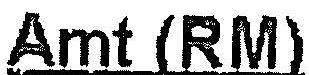
AMT (RM)